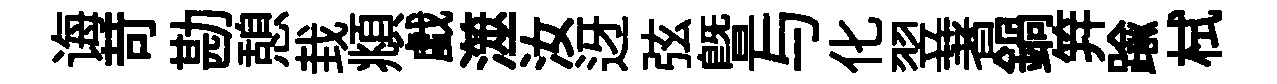
诲苛勘憩㘽頫戯澨汝迓弦暨与化翌著鍋笄踰栻